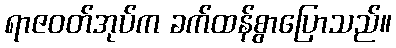
ရာဇဝတ်အုပ်က ခက်ထန်စွာပြောသည်။